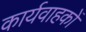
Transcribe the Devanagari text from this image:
कार्यवाहकों